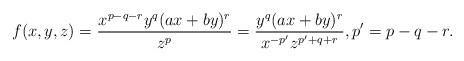
LaTeX: \begin{align*}f(x,y,z)=\dfrac{x^{p-q-r}y^q(ax+by)^r}{z^{p}}=\dfrac{y^q(ax+by)^r}{x^{-p'}z^{p'+q+r}},p'=p-q-r.\end{align*}